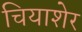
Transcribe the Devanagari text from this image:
चियाशेर